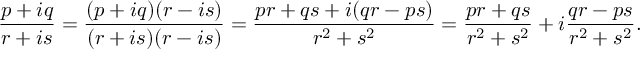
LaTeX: { \frac { p + i q } { r + i s } } = { \frac { ( p + i q ) ( r - i s ) } { ( r + i s ) ( r - i s ) } } = { \frac { p r + q s + i ( q r - p s ) } { r ^ { 2 } + s ^ { 2 } } } = { \frac { p r + q s } { r ^ { 2 } + s ^ { 2 } } } + i { \frac { q r - p s } { r ^ { 2 } + s ^ { 2 } } } .